Statistical return of the lunatic asylum in Assam - 1912-1932
Year: 1912
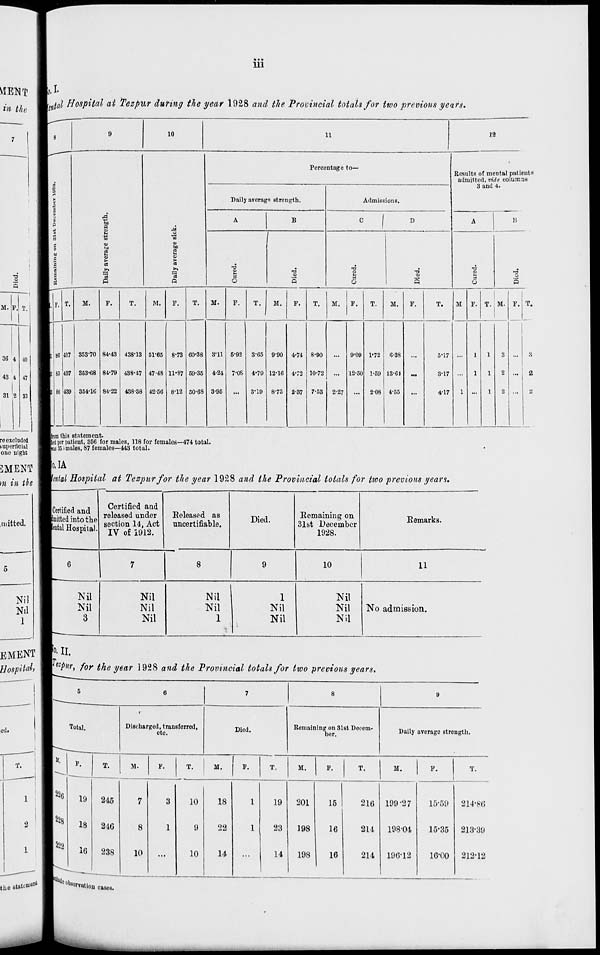
Ill
Wtdal Hospital at Tezpur during the year 1928 and the Provincial totals for two previous years.
M.
36 4
43 4
I
31 2
re excluded
superficial
one night
2M.ENT
m in th
in itted.
Nil
Nil
1
8
9
10
11
12
Percentage to—
ResultB of mental patients
admitted, vide columns!
3 and 4.
«5
1
s
P
12.
g
M
Daily average strength.
Admissions.
A
B
■ I
D
A
B
H
CO
C
0
HI
0)
to
i
to
a
3
>
fl
C3
T3
•w
•cf
3
•o
-a
"3
a
"3
C3
3
1
a
a
S
H
Q
o
Q
o
S
V
P
F. T.
M.
P.
T.
M.
P.
T.
M.
P.
T.
M.
F.
T.
M.
P.
T.
M.
F.
T.
M P. T. M. p. T.
86 187 35370 84-43 438-13 51-65 8-73 60-38 3'11 5-92 365 9-90 4-74 8-90
9-09 1-72 6-38
5-17
1
1
3
8
85 437 863-68 84-79 438-47 47-48 11-37 59-35 4-24 7-06 4-79 12-16 4T2 10-72
... 12-50 1-59 13-61
...
3-17 ...
1
1
2 ...
2
86 188 354-16 84-22 438-38 42-56 8-12 50-68 3-95
3-19 8-75 2-37 7-53 2-27
2-08 4-55
4-17
1
1
a
2
rom this statement.
eet per patient, 356 for males, 118 for females—474 total.
hi 85 i males, 87 females—443 total.
lo.IA
tental Hospital at Tezpur for the year 1928 and the Provincial totals for two previous years.
Certified and
mitted into the
ental Hospital.
Certified and
released under
section 14, Act
IV of 1912.
Released as
uncertifiable.
Died.
Remaining on
31st December
1928.
Eemarks.
6
7
8
9
10
11
Nil
Nil
3
Nil
Nil
Nil
Nil
Nil
1
1
Nil
Nil
Nil
Nil
Nil
No admission.
Hospital, W^Wj for the year 1928 and the Provincial totals for two previous years.
ed.
T.
5
6
7
8
9
Total.
Discharged, transferred,
etc.
Died.
Remaining on 31st Decem-
ber.
Daily avorago strength.
11.
P.
T.
M.
P.
T.
M.
F.
T.
M.
P.
T.
M.
P.
T.
22 6
19
245
7
3
10
18
1
19
201
15
210 199-27
15-59 314*86
228
18
210
8
1
9
22
1
23
198
10
214
198-04
15-35 213-39
222
10
238
10
...
10
14
...
14
198
16
214 190-12
10-00 212-12
the state*'"' \W"^orvutiou cases.